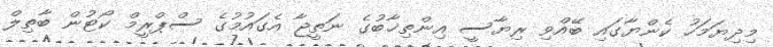
މިދިޔަމަހު ކެންޔާގައި ބޭއްވި ރިޔާސީ އިންތިޚާބުގެ ނަތީޖާ އެގައުމުގެ ސްޕްރީމް ކޯޓުން ބާތިލް